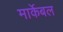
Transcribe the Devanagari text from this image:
मार्केबल